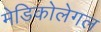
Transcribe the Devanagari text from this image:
मेडिकोलेगल